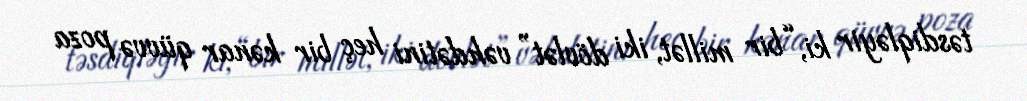
təsdiqləyir ki, “bir millət, iki dövlət” vəhdətini heç bir kənar qüvvə poza